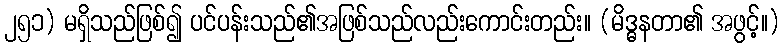
၂၅၁) မရှိသည်ဖြစ်၍ ပင်ပန်းသည်၏အဖြစ်သည်လည်းကောင်းတည်း။ (မိဒ္ဓနတာ၏ အဖွင့်။)